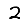
Digit: 2